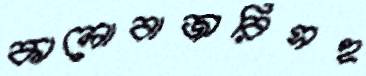
কালোবাজারিসহ